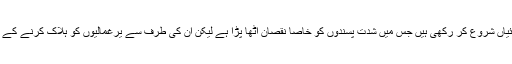
امریکہ کی زیر قیادت بین الاقوامی اتحاد نے شام اور عراق میں داعش کے خلاف فضائی کارروائیاں شروع کر رکھی ہیں جس میں شدت پسندوں کو خاصا نقصان اٹھا پڑا ہے لیکن ان کی طرف سے یرغمالیوں کو ہلاک کرنے کے واقعات کے بعد خیال کیا جا رہا ہے کہ اس گروپ کے خلاف کارروائیاں مزید تیز ہو جائیں گی۔